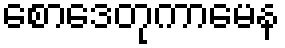
စောဒေတုကာမေန